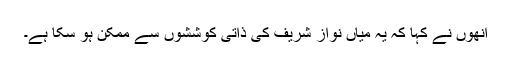
انھوں نے کہا کہ یہ میاں نواز شریف کی ذاتی کوششوں سے ممکن ہو سکا ہے۔